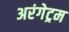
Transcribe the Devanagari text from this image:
अरंगेट्रम